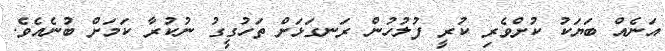
އަނެއް ބަޔަކު ކުށްވެރި ކުރީ ފުލުހުން ރަނގަޅަށް ތަހުގީގު ނުކުރާ ކަމަށް ބުނެއެވެ.